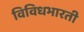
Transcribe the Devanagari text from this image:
विविधभारती